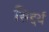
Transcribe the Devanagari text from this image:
सिद्दर्थ